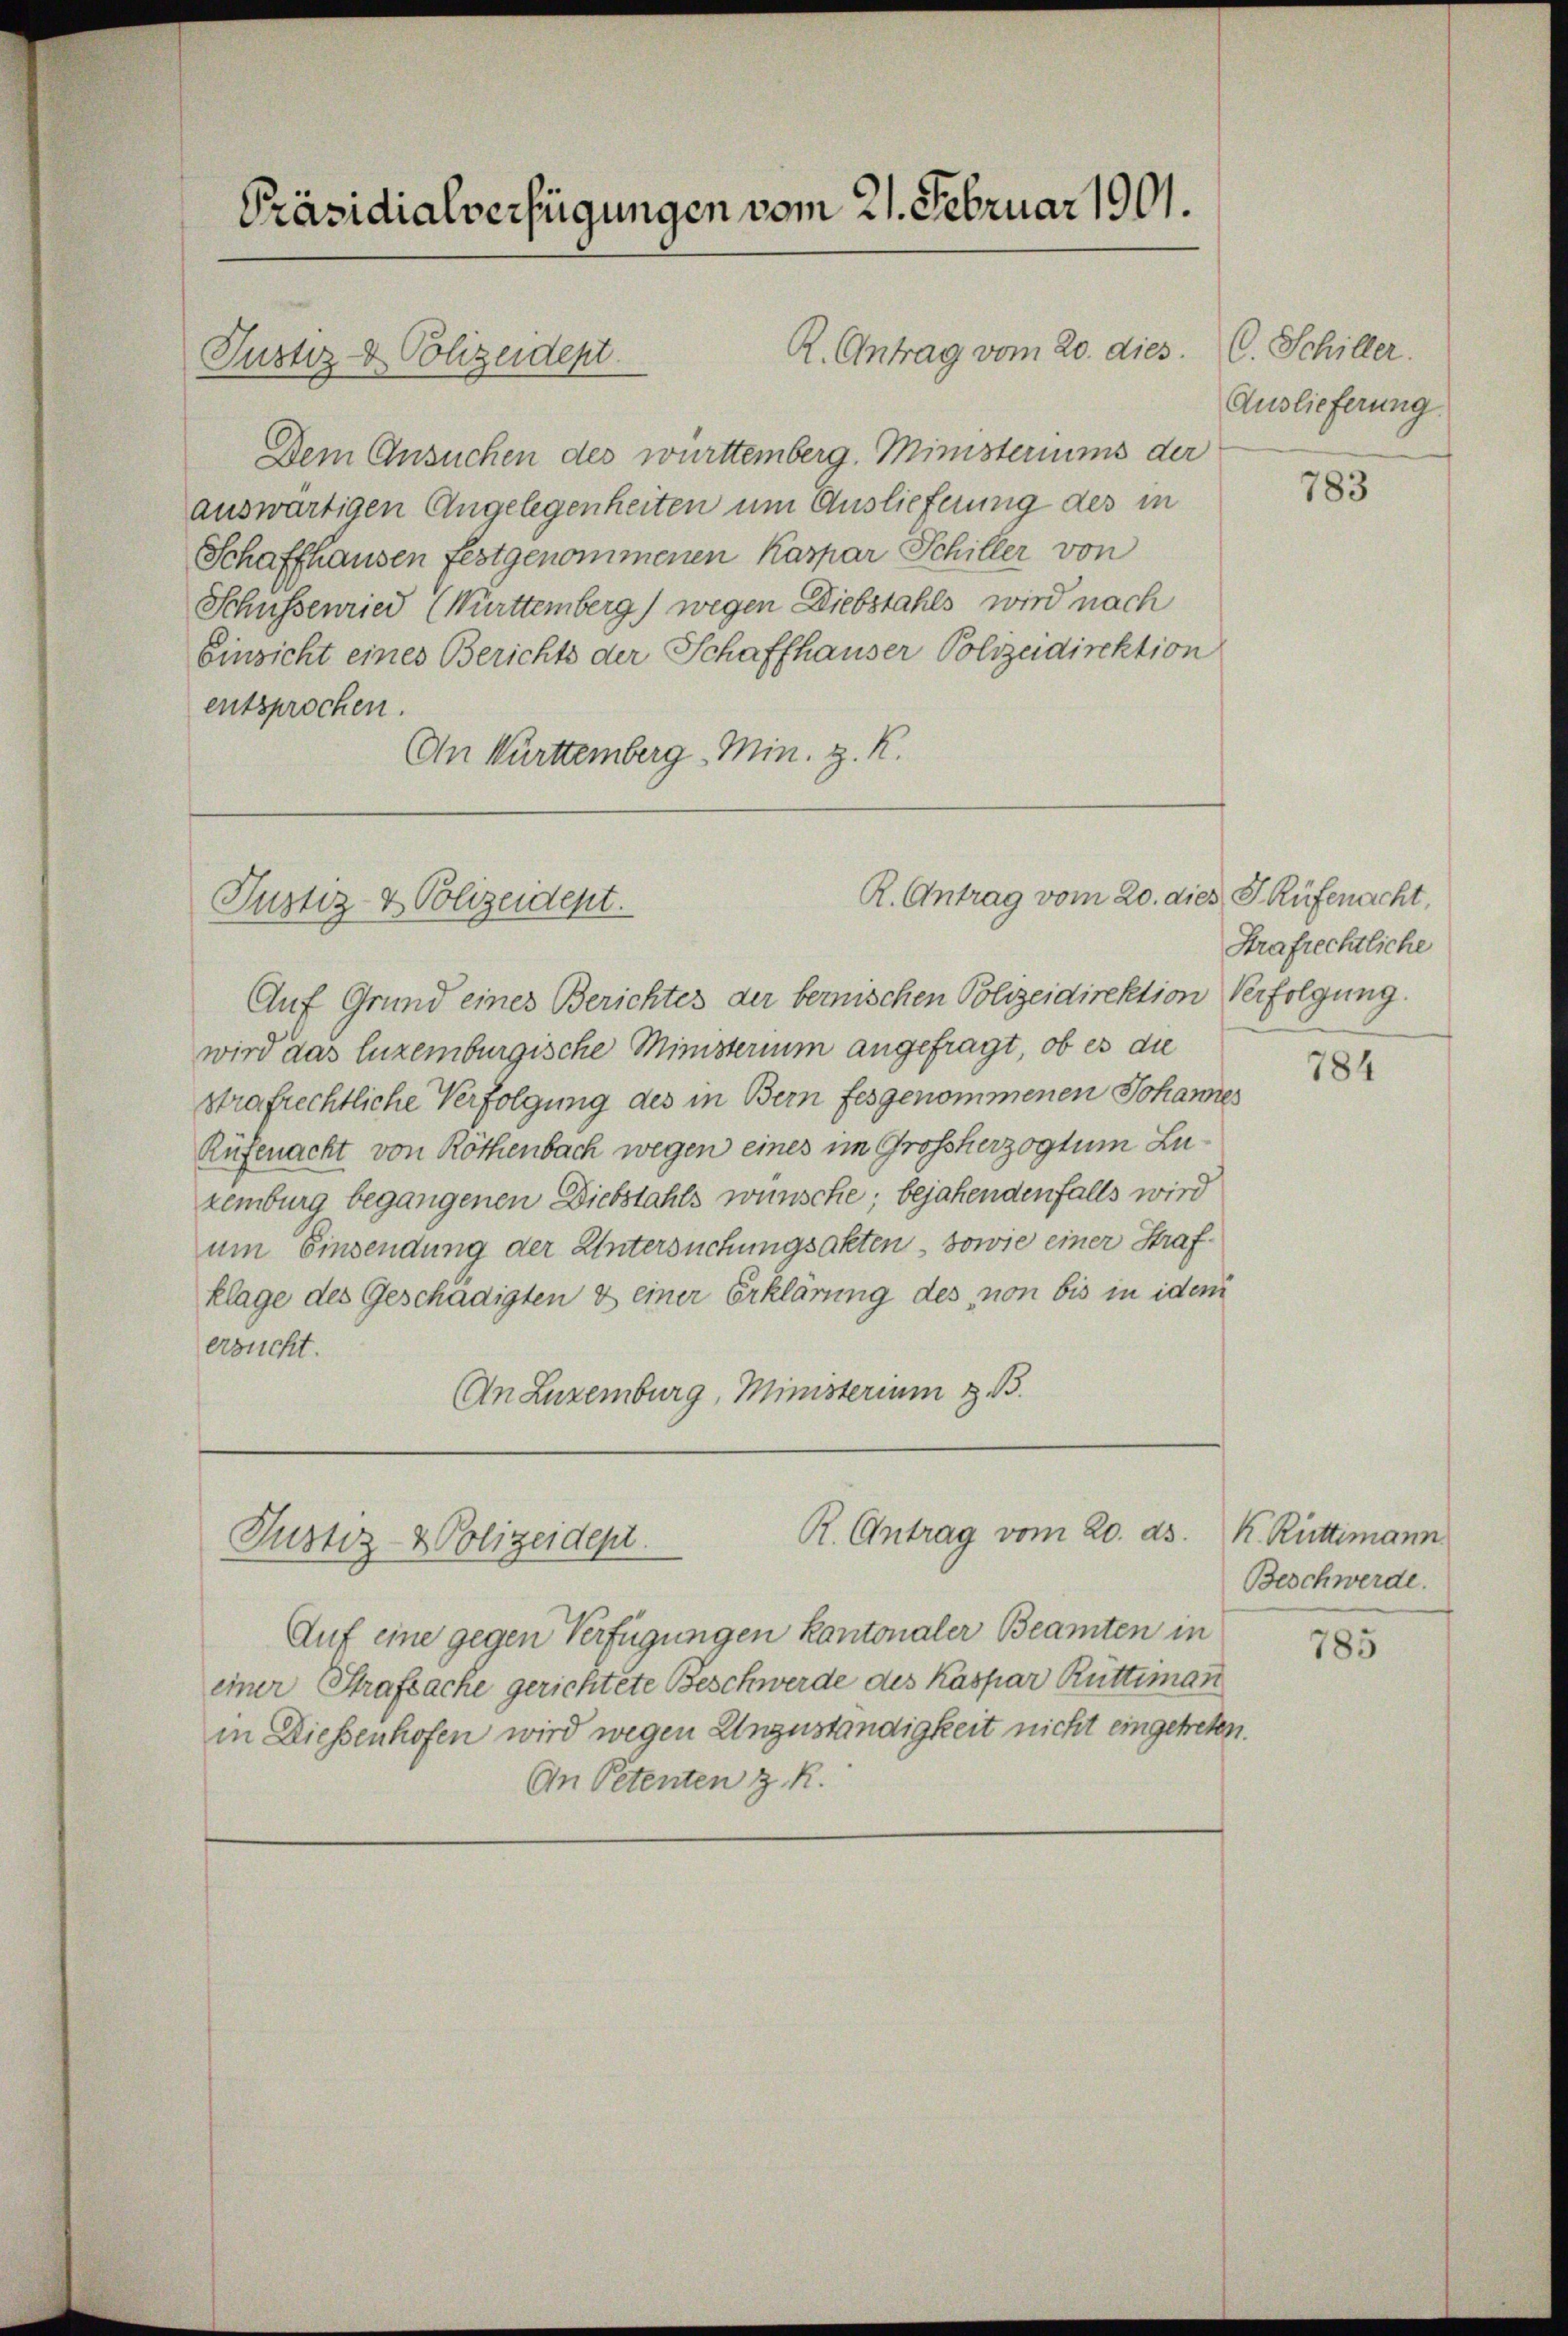
Präsidialverfügungen vom 21. Februar 1901.

R. Antrag vom 20. dies C. Schiller.
Dem Ansuchen des württemberg. Ministeriums der
auswärtigen Angelegenheiten um Auslieferung des in
Schaffhausen festgenommenen Kaspar Schiller von
Schüssenried (Württemberg) wegen Diebstahls wird nach
Einsicht eines Berichts der Schaffhauser Polizeidirektion
entsprochen.
An Württemberg - Min. z. R.

Justiz- & Polizeidept

Justiz- & Polizeident.

R. Antrag vom 20. dies J. Rüfenacht,

Auf Grund eines Berichtes der bemischen Polizeidirektion Verfolgung.
wird das luzemburgische Ministerium angefragt, ob es die
strafrechtliche Verfolgung des in Bern fesgenommenen Johannes
Rüfenacht von Röthenbach wegen eines im Großherzogtum Lukemburg begangenen Diebstahls wünsche; bejahendenfalls wird
um Einsendung der Untersuchungsakten, sowie einer Strafklage des Geschädigten & einer Erklärung des von bis in idem
ersucht.
An Luzemburg, Ministerium z. B.

R. Antrag vom 20. ds.
Justiz- & Polizeidept.

Auslieferung

Auf eine gegen Verfügungen kantonaler Beamten in
einer Strafsache gerichtete Beschwerde des Kaspar Rüttimann
in Diesenhofen wird wegen Unzuständigkeit nicht eingetreten.
An Petenten z. R.

783

Strafrechtliche

784

k. Rüttimann
Beschwerde.

785